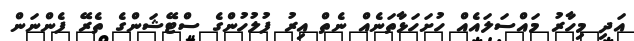
އަދި މިހާރު މައްސަލައެއް ހުށަހަޅާތަނެއް ނެތް އިރު ފުލުހުންގެ ސްޓޭޝަންގެ ތެރޭ ފެންނަން